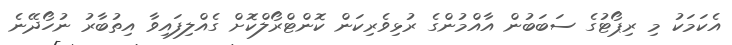
އެކަމަކު މި ރިޕޯޓުގެ ސަބަބުން އާއްމުންގެ ރުޅިވެރިކަން ކޮންޓްރޯލްކޮަށް ގެއްލިފައިވާ އިތުބާރު ނުހޯދޭނެ